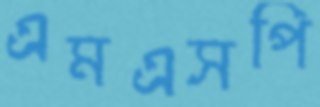
এমএসপি